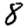
Digit: 8